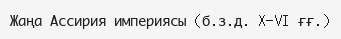
Жаңа Ассирия империясы (б.з.д. X—VI ғғ.)